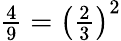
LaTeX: \textstyle{\frac{4}{9}}=\left({\frac{2}{3}}\right)^{2}